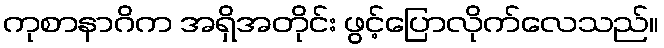
ကုစာနာဂိက အရှိအတိုင်း ဖွင့်ပြောလိုက်လေသည်။